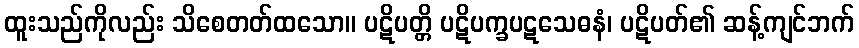
ထူးသည်ကိုလည်း သိစေတတ်ထသော။ ပဋိပတ္တိ ပဋိပက္ခပဋသေဓနံ၊ ပဋိပတ်၏ ဆန့်ကျင်ဘက်